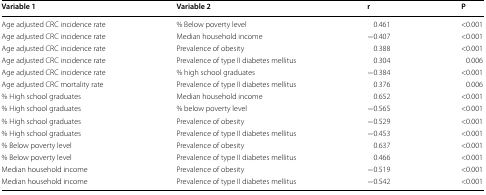
<table><thead><tr><td><b>Variable 1</b></td><td><b>Variable 2</b></td><td><b>r</b></td><td><b>P</b></td></tr></thead><tbody><tr><td>Age adjusted CRC incidence rate</td><td>% Below poverty level</td><td>0.461</td><td>&lt;0.001</td></tr><tr><td>Age adjusted CRC incidence rate</td><td>Median household income</td><td>−0.407</td><td>&lt;0.001</td></tr><tr><td>Age adjusted CRC incidence rate</td><td>Prevalence of obesity</td><td>0.388</td><td>&lt;0.001</td></tr><tr><td>Age adjusted CRC incidence rate</td><td>Prevalence of type II diabetes mellitus</td><td>0.304</td><td>0.006</td></tr><tr><td>Age adjusted CRC incidence rate</td><td>% high school graduates</td><td>−0.384</td><td>&lt;0.001</td></tr><tr><td>Age adjusted CRC mortality rate</td><td>Prevalence of type II diabetes mellitus</td><td>0.376</td><td>0.006</td></tr><tr><td>% High school graduates</td><td>Median household income</td><td>0.652</td><td>&lt;0.001</td></tr><tr><td>% High school graduates</td><td>% below poverty level</td><td>−0.565</td><td>&lt;0.001</td></tr><tr><td>% High school graduates</td><td>Prevalence of obesity</td><td>−0.529</td><td>&lt;0.001</td></tr><tr><td>% High school graduates</td><td>Prevalence of type II diabetes mellitus</td><td>−0.453</td><td>&lt;0.001</td></tr><tr><td>% Below poverty level</td><td>Prevalence of obesity</td><td>0.637</td><td>&lt;0.001</td></tr><tr><td>% Below poverty level</td><td>Prevalence of type II diabetes mellitus</td><td>0.466</td><td>&lt;0.001</td></tr><tr><td>Median household income</td><td>Prevalence of obesity</td><td>−0.519</td><td>&lt;0.001</td></tr><tr><td>Median household income</td><td>Prevalence of type II diabetes mellitus</td><td>−0.542</td><td>&lt;0.001</td></tr></tbody></table>